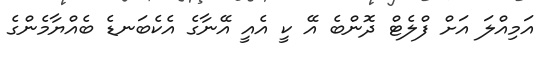
އަމިއްލަ އަށް ފްލެޓް ދޮންބެ އޭ ކީ އެއީ އޭނާގެ އެކެބަނޑެ ބެއްޔާމެންގެ